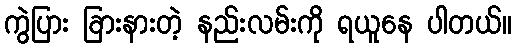
ကွဲပြား ခြားနားတဲ့ နည်းလမ်းကို ရယူနေ ပါတယ်။